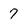
Character: 7